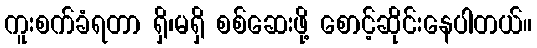
ကူးစက်ခံရတာ ရှိ၊မရှိ စစ်ဆေးဖို့ စောင့်ဆိုင်းနေပါတယ်။